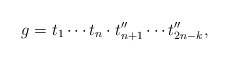
\begin{align*}g= t_1\cdots t_n\cdot t''_{n+1}\cdots t''_{2n-k},\end{align*}